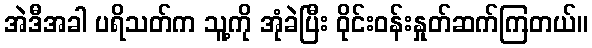
အဲဒီအခါ ပရိသတ်က သူ့ကို အုံခဲပြီး ဝိုင်းဝန်းနှုတ်ဆက်ကြတယ်။